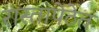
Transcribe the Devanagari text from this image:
रास्तापेठेत